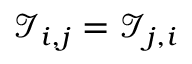
{ \mathcal { I } } _ { i , j } = { \mathcal { I } } _ { j , i }